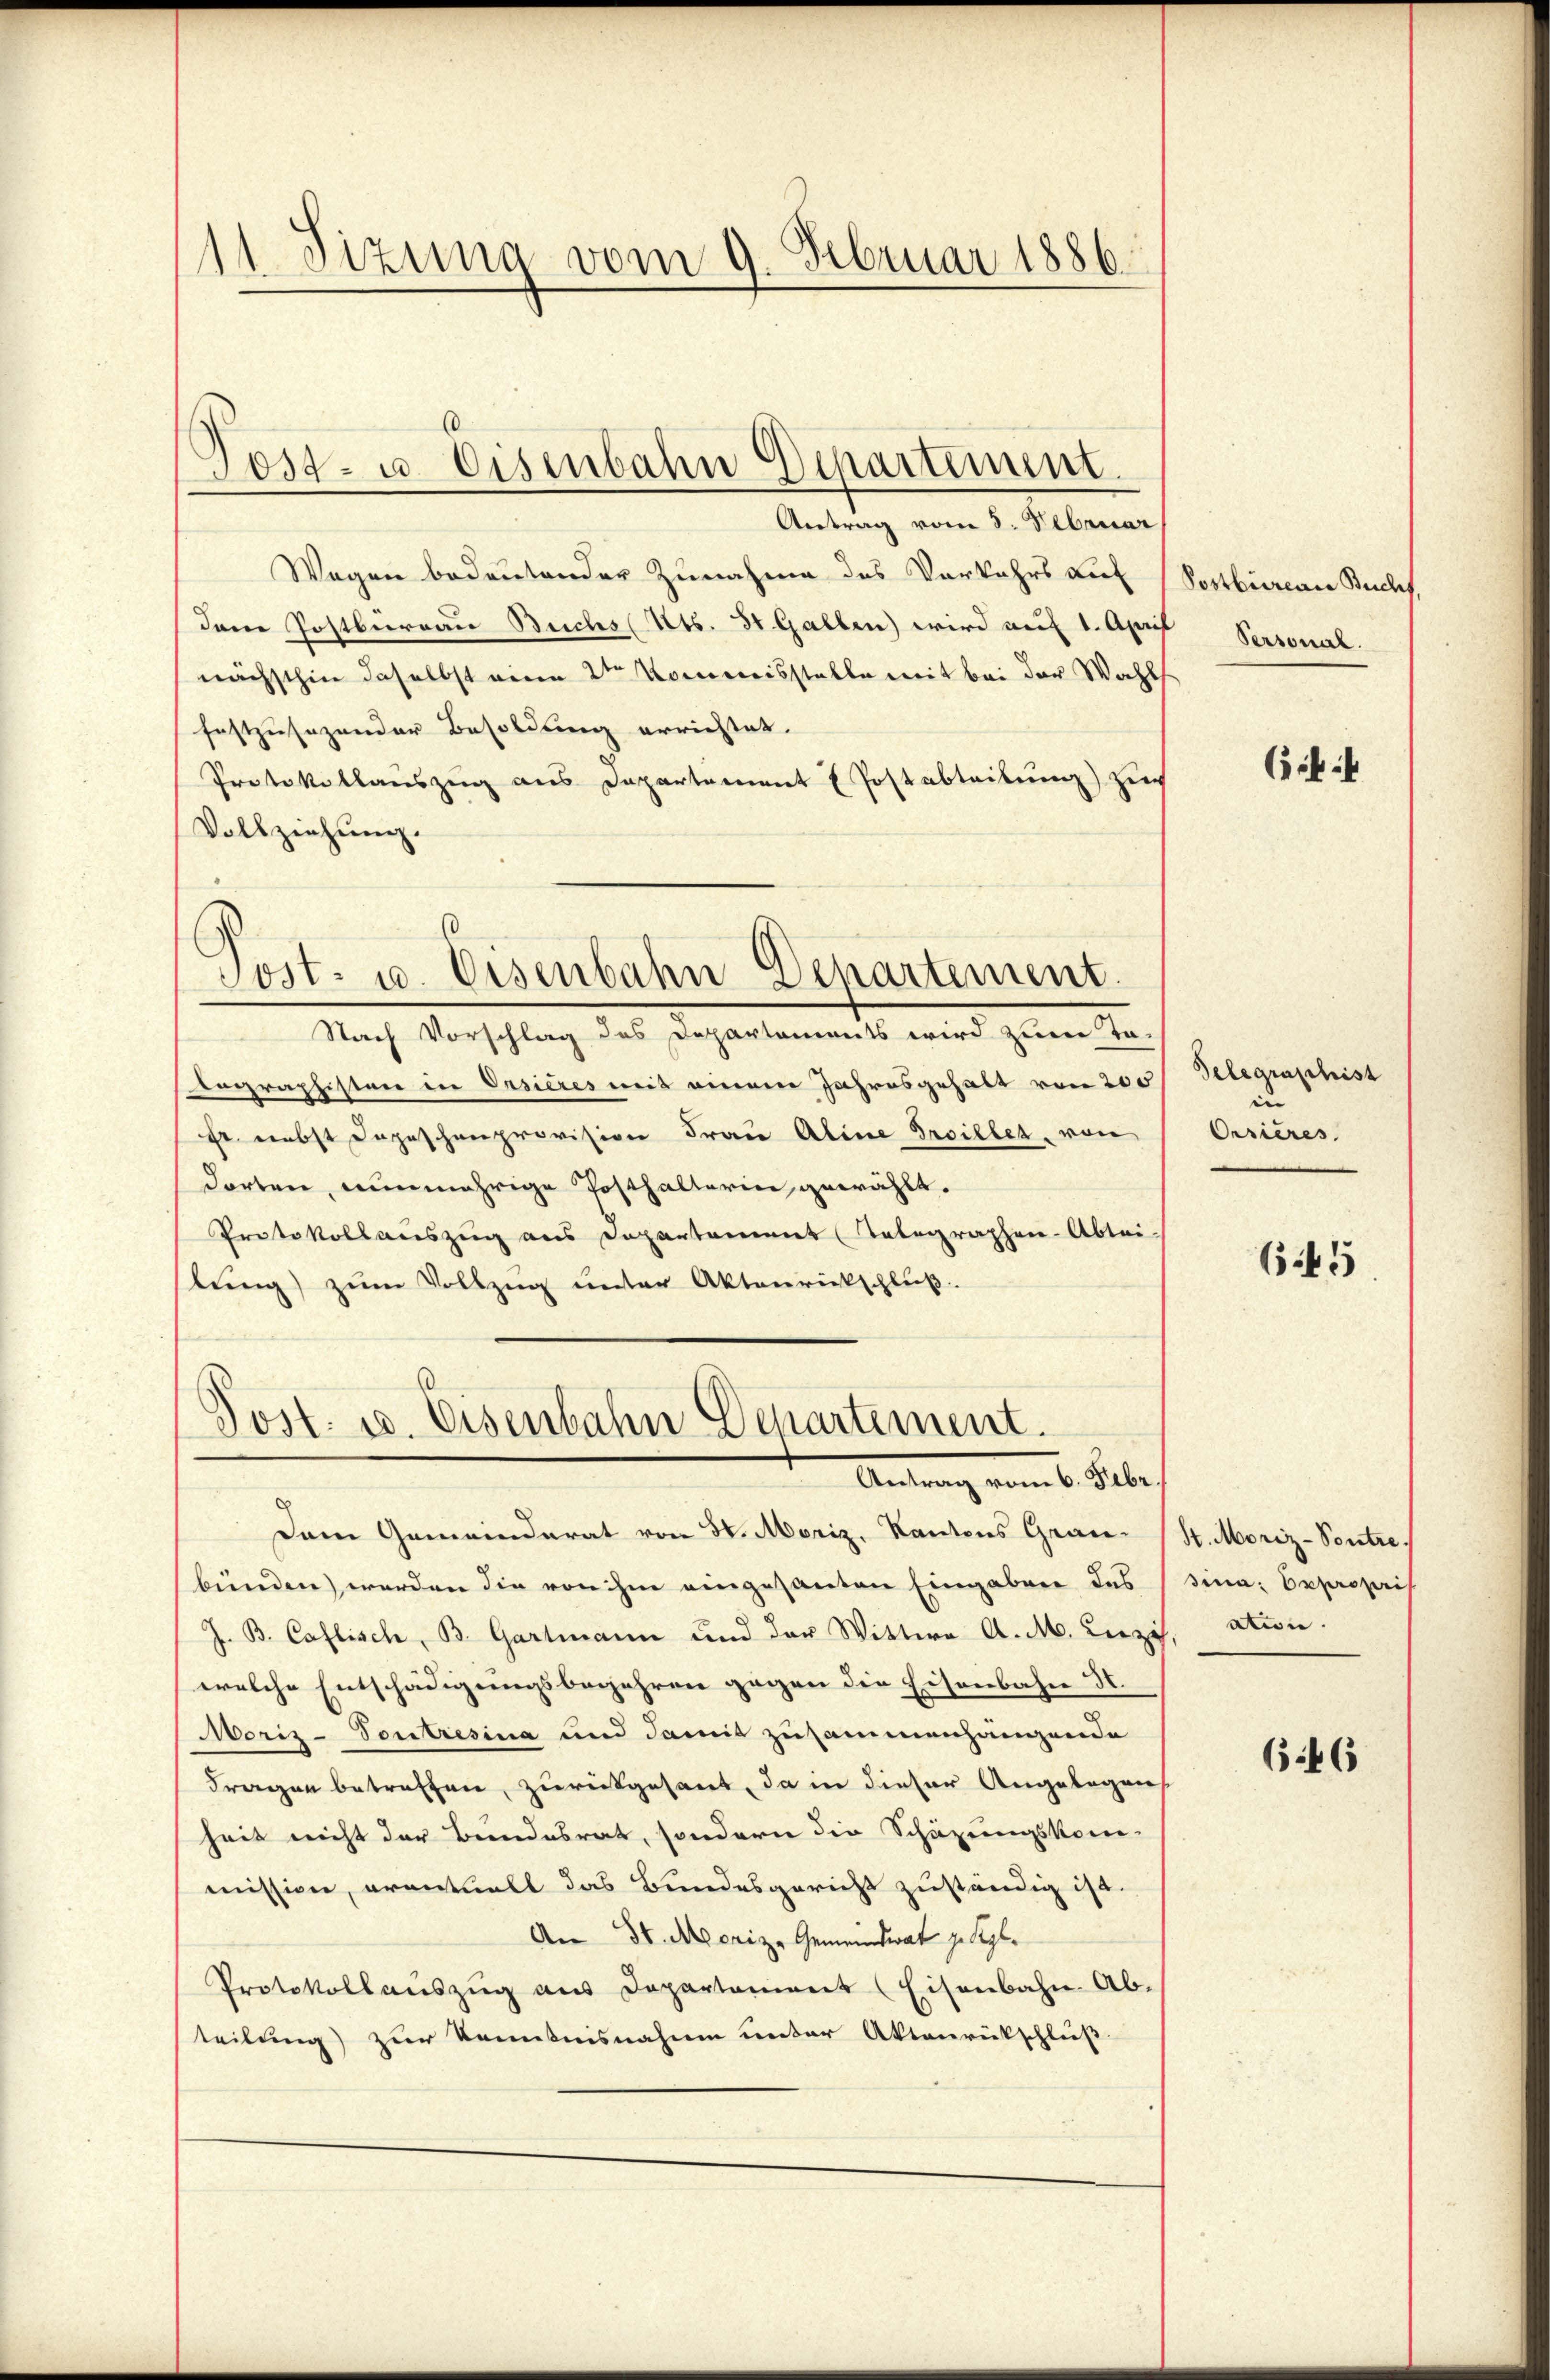
11. Sizung vom 9. Februar 1886.

Antrag vom 3. Februar
Wagen bedeutender Zunahme des Vorkehrs auf
dem Postberrau Buchs (Cts. St. Gallen wird auf 1. Apri
nächsthin daselbst eine 2ter Kommisstelle mit bei der Wahl
festzusagender Besoldung errichtet.
Protokollanszug aus Departement E Postabteilung) zu
Vollzeichung.
Post- u. Eisenbahn Departement.
Nach Vorschlag des Departements wird zum To-
tographisten in Ersieres mit einem Jahresgehalt von 200
Fr. nebst Depeschneeprovision Frau Aline Freiller, von
dorten, nunmährige Posthalterin, gewählt.
Protokollauszug aus Departament (Telegraphen-Abtei-
slung) zum Vollzug unter Aktenrückschluß.

Post- u. Eisenbahn Departement

Post. u. Eisenbahn Departement.
Antrag vom 6. Feber,

Dem Gemeinderat von 3. Moriz, Kantons Grau-
bünden) werden die von ihm eingesanten Eingaben des
J. B. Caflisch, B. Gartmann und der Wittwe A. M. Leezi
welche Entschädigungsbegehren gegen die Eisenbahn I
Moriz-Voutresina und damit zusammenhängende
Fragen betreffen, zurückgesant, da in dieser Angelegen
heit nicht der Bundesrat, sondern die Schüzungskom-
mission, eventuell das Bundesgericht zuständig ist
An 30. Morize Gemeindrat zu Segl.
Protokollauszug aus Departement (Eisenbahn. Ab-
teilung) zur Kenntnisnahme unter Aktenrückschluß.

Postbureau Buchf
Personal.

Cik

Telegraphist
in |
Orrieres

645

St. Moriz-Pontre
sina Expropri
ation.

646